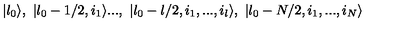
| \l _ { 0 } \rangle , \ | \l _ { 0 } - 1 / 2 , i _ { 1 } \rangle . . . , \ | \l _ { 0 } - l / 2 , i _ { 1 } , . . . , i _ { l } \rangle , \ | \l _ { 0 } - N / 2 , i _ { 1 } , . . . , i _ { N } \rangle